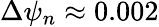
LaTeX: \Delta\psi_{n}\approx 0.002